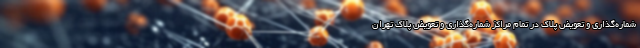
شماره‌گذاری و تعویض پلاک در تمام مراکز شماره‌گذاری و تعویض پلاک تهران